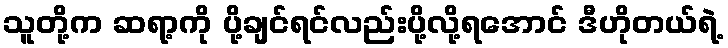
သူတို့က ဆရာ့ကို ပို့ချင်ရင်လည်းပို့လို့ရအောင် ဒီဟိုတယ်ရဲ့